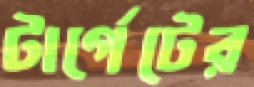
টার্গেটের